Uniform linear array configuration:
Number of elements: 16
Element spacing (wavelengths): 0.25
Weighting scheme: exponential
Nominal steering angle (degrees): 45
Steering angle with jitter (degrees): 45.058
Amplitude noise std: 0.05
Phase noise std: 0.05

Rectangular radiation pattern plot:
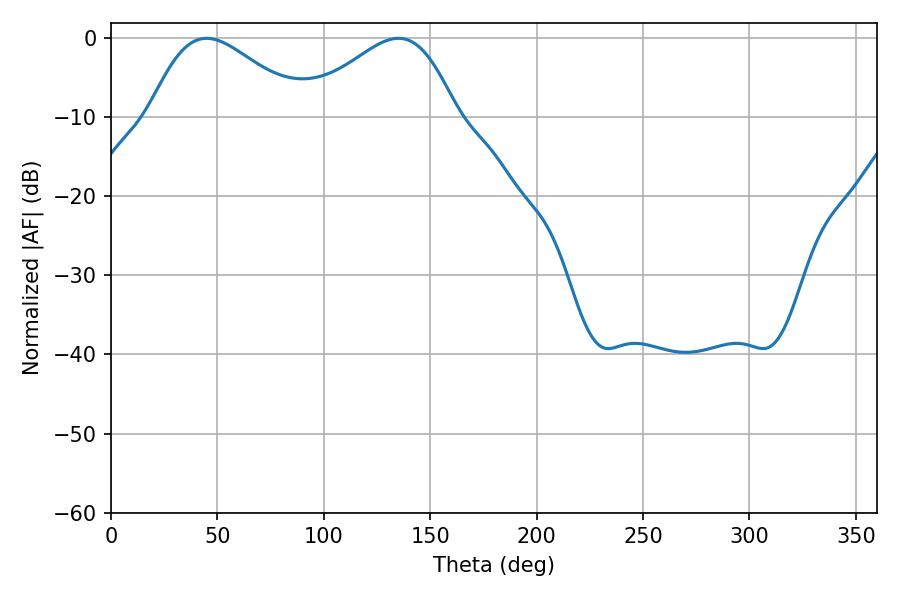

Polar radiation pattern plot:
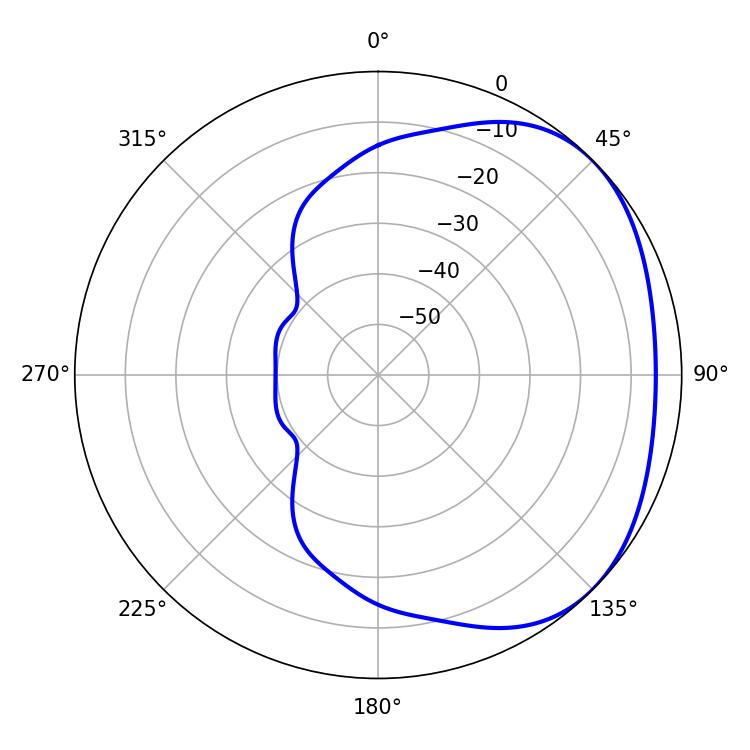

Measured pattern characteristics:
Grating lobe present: FALSE
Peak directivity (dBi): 2.553
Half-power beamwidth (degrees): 38.52
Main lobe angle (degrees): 44.82